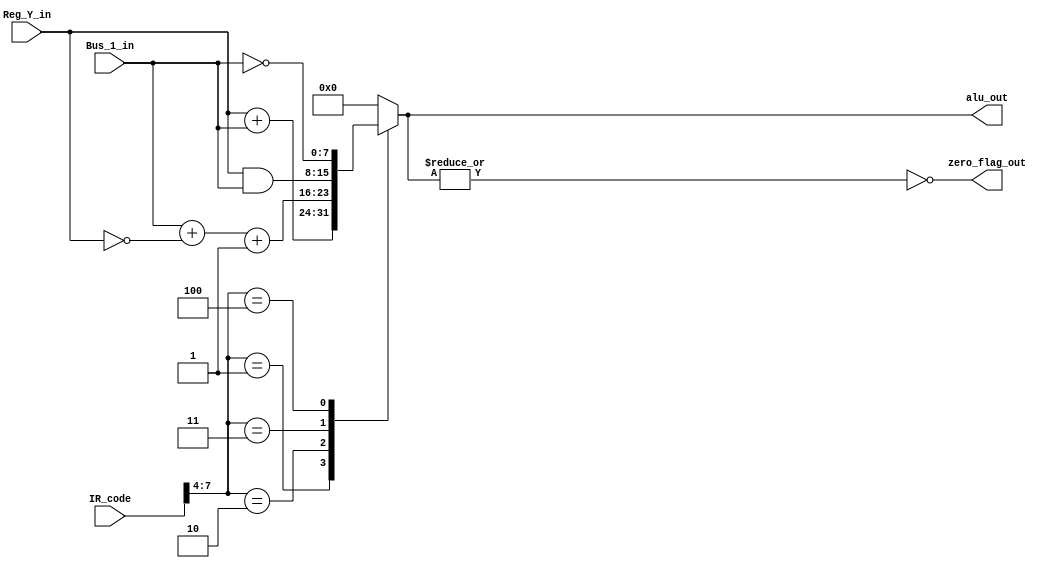
module ALU(zero_flag_out,alu_out,Reg_Y_in,Bus_1_in,IR_code);

output	zero_flag_out;
output	reg	[7:0]alu_out;
input	[7:0]Reg_Y_in,Bus_1_in;
input	[7:0]IR_code;

wire	[3:0]opcode=IR_code[7:4];



always@(*)
	begin
		case(opcode)
		1:	alu_out=Reg_Y_in+Bus_1_in;
		2:	alu_out=Bus_1_in+~(Reg_Y_in)+1;
		3:	alu_out=Reg_Y_in&(Bus_1_in);
		4:  alu_out=~(Bus_1_in);
		default:alu_out=8'b0;
		endcase
	end

assign zero_flag_out=~|alu_out;

endmodule